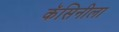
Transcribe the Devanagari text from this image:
कॅसिनीला